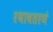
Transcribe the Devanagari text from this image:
रथावतरणं